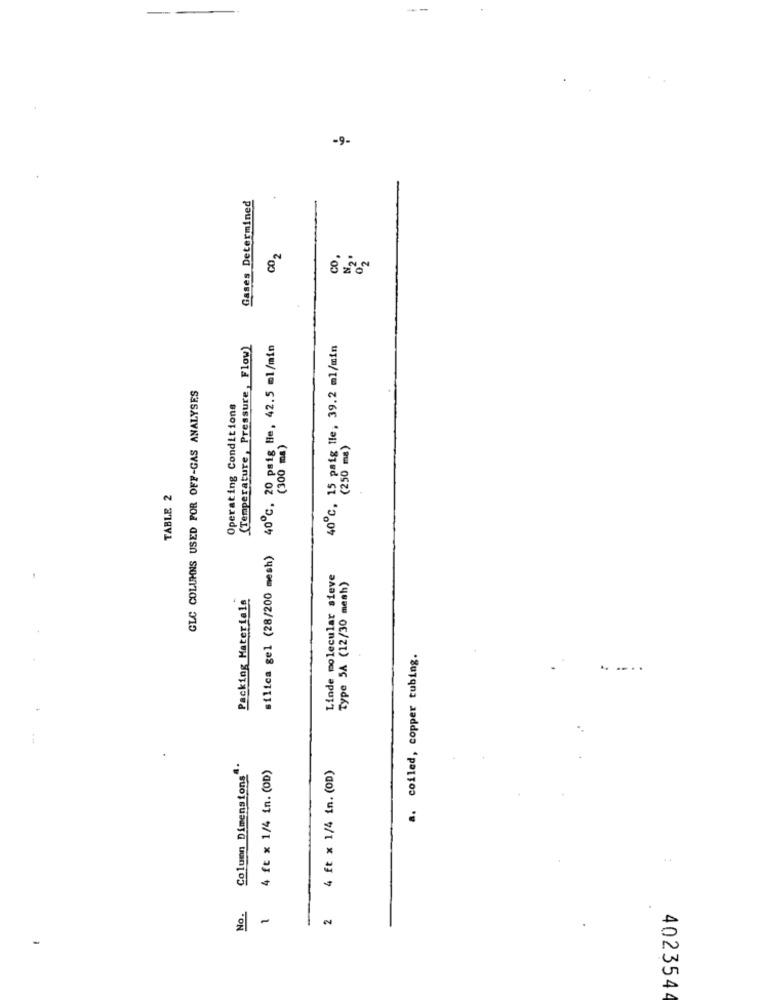
-9-
Gases Determined
CO .
8 %
(Temperature, Pressure, Flow)
40℃, 20 psig He, 42.5 ml/min
40℃, 15 paig Hle, 39.2 ml/min
GLC COLUMNS USED FOR OFF-GAS ANALYSES
Operating Conditions
(300 ma)
(250 mg)
TABLE 2
silica gel (28/200 mesh)
Linde molecular sieve
Type 5A (12/30 mesh)
Packing Materiale
a. coiled, copper tubing.
Column Dimensions".
4 ft x 1/4 in. (OD)
4 ft x 1/4 in. (OD)
No.
2
4023544